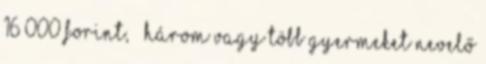
16 000 forint, – három vagy több gyermeket nevelő